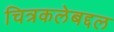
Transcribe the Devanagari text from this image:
चित्रकलेबद्दल